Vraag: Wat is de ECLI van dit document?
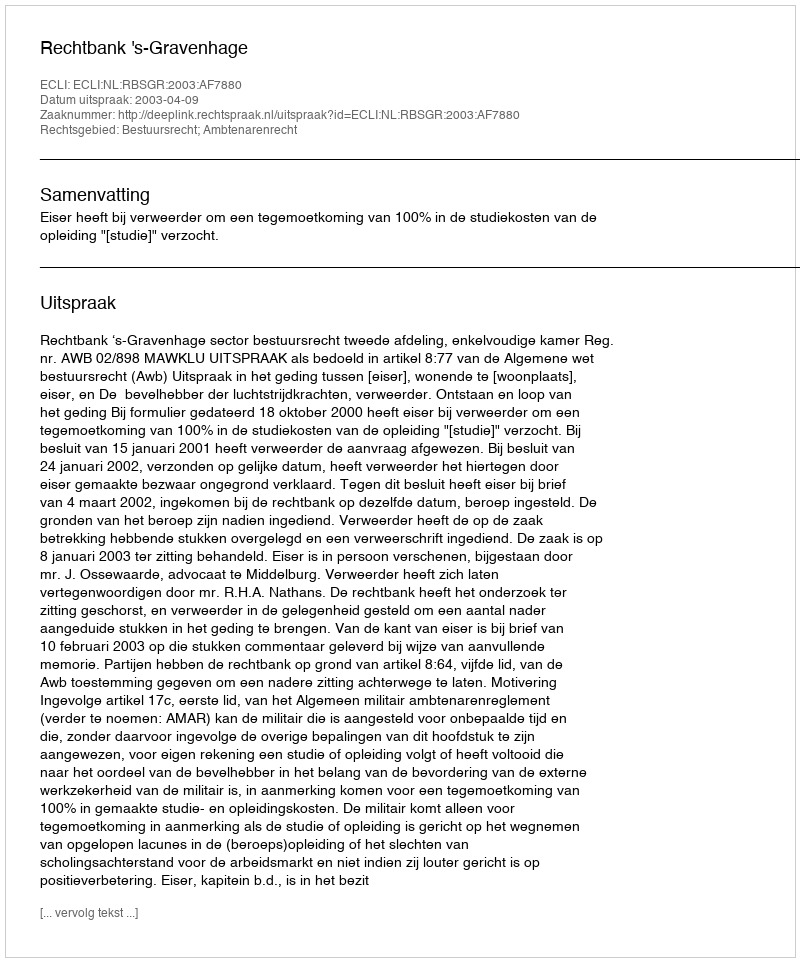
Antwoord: ECLI:NL:RBSGR:2003:AF7880